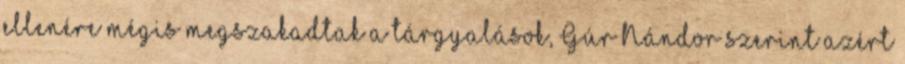
ellenére mégis megszakadtak a tárgyalások, Gúr Nándor szerint azért